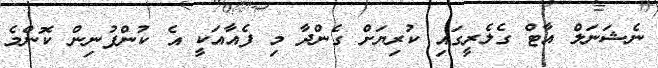
ނެޝަނަލް އާޓް ގެލެރީގައި ކުރިޔަށް ގެންދާ މި ފެއާއަކީ އެ ކުންފުނިން ކޮންމެ